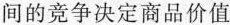
间的竞争决定商品价值